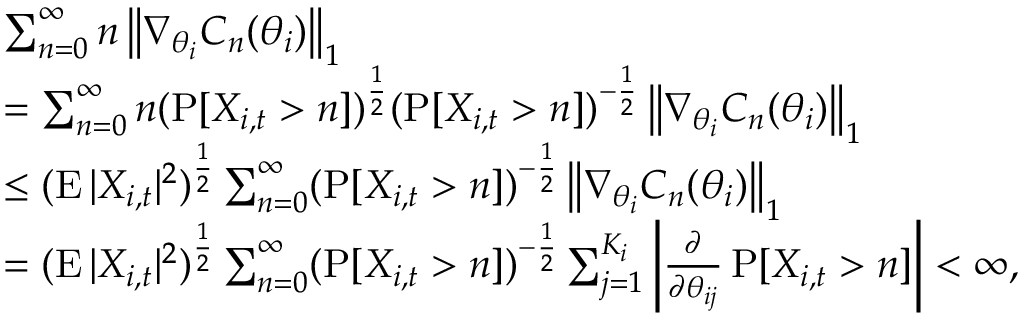
\begin{array} { r l } & { \sum _ { n = 0 } ^ { \infty } n \left\| \nabla _ { \theta _ { i } } C _ { n } ( \theta _ { i } ) \right\| _ { 1 } } \\ & { = \sum _ { n = 0 } ^ { \infty } n ( \operatorname { P } [ X _ { i , t } > n ] ) ^ { \frac { 1 } { 2 } } ( \operatorname { P } [ X _ { i , t } > n ] ) ^ { - \frac { 1 } { 2 } } \left\| \nabla _ { \theta _ { i } } C _ { n } ( \theta _ { i } ) \right\| _ { 1 } } \\ & { \leq ( \operatorname { E } | X _ { i , t } | ^ { 2 } ) ^ { \frac { 1 } { 2 } } \sum _ { n = 0 } ^ { \infty } ( \operatorname { P } [ X _ { i , t } > n ] ) ^ { - \frac { 1 } { 2 } } \left\| \nabla _ { \theta _ { i } } C _ { n } ( \theta _ { i } ) \right\| _ { 1 } } \\ & { = ( \operatorname { E } | X _ { i , t } | ^ { 2 } ) ^ { \frac { 1 } { 2 } } \sum _ { n = 0 } ^ { \infty } ( \operatorname { P } [ X _ { i , t } > n ] ) ^ { - \frac { 1 } { 2 } } \sum _ { j = 1 } ^ { K _ { i } } \left| \frac { \partial } { \partial \theta _ { i j } } \operatorname { P } [ X _ { i , t } > n ] \right| < \infty , } \end{array}